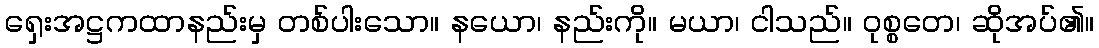
ရှေးအဋ္ဌကထာနည်းမှ တစ်ပါးသော။ နယော၊ နည်းကို။ မယာ၊ ငါသည်။ ဝုစ္စတေ၊ ဆိုအပ်၏။